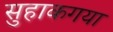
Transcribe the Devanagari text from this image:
सुहाकगया